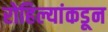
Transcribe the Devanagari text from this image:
रोहिल्यांकडून